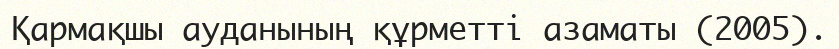
Қармақшы ауданының құрметті азаматы (2005).